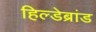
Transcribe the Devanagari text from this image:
हिल्डेब्रांड